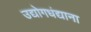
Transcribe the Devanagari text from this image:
उद्योगधंद्याना